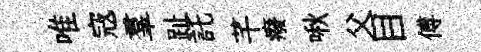
唯𡨥羣趾託芊癈啾父目傅